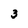
Character: 3